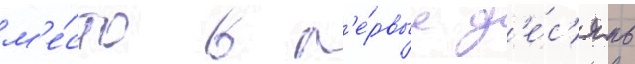
м'е́сто в п'е́рвые д'е́с'ять